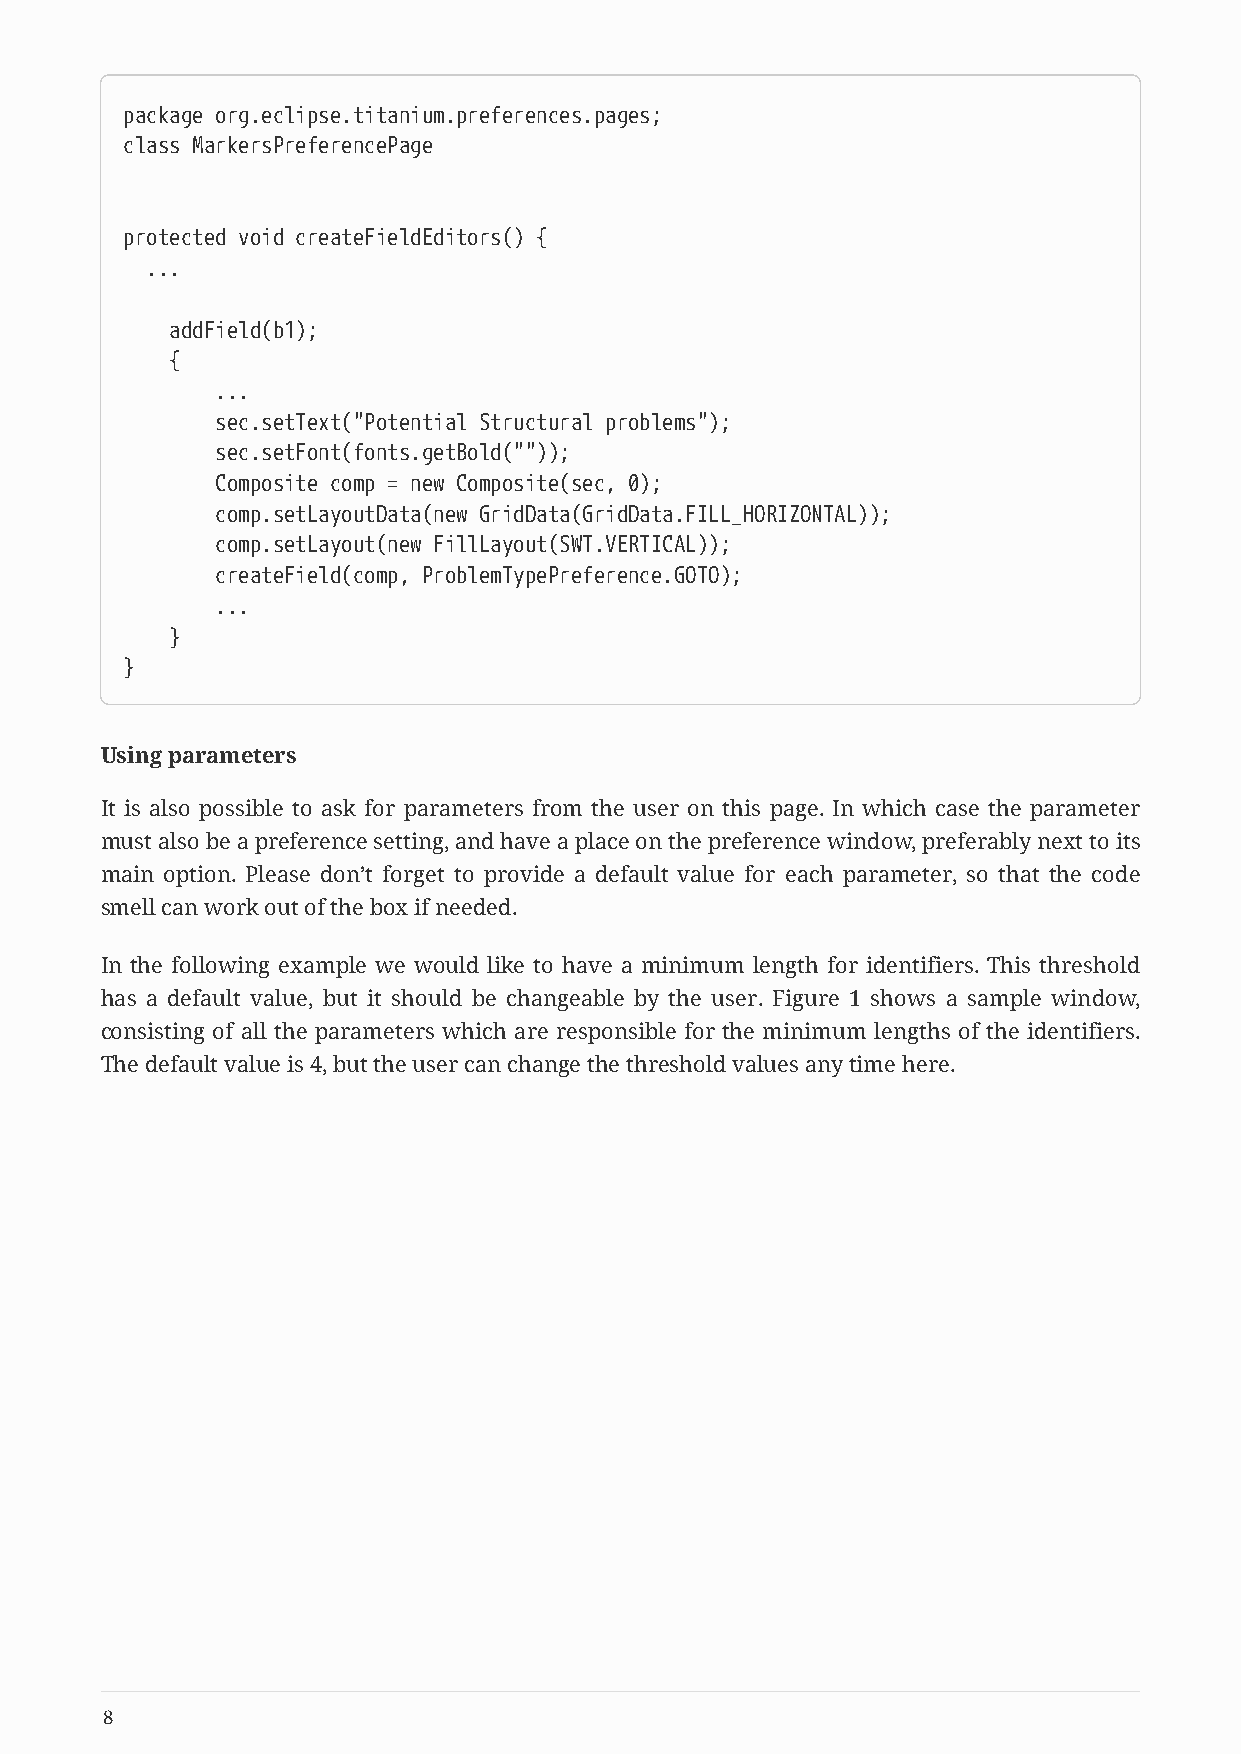
package org.eclipse.titanium.preferences.pages;
 class MarkersPreferencePage
 protected void createFieldEditors() {
 ...
 addField(b1);
 {
 ...
 sec.setText("Potential Structural problems");
 sec.setFont(fonts.getBold(""));
 Composite comp = new Composite(sec, 0);
 comp.setLayoutData(new GridData(GridData.FILL_HORIZONTAL));
 comp.setLayout(new FillLayout(SWT.VERTICAL));
 createField(comp, ProblemTypePreference.GOTO);
 ...
 }
 }
 Using parameters
 It is also possible to ask for parameters from the user on this page. In which case the parameter
 must also be a preference setting, and have a place on the preference window, preferably next to its
 main option. Please don’t forget to provide a default value for each parameter, so that the code
 smell can work out of the box if needed.
 In the following example we would like to have a minimum length for identifiers. This threshold
 has a default value, but it should be changeable by the user. Figure 1 shows a sample window,
 consisting of all the parameters which are responsible for the minimum lengths of the identifiers.
 The default value is 4, but the user can change the threshold values any time here.
 8